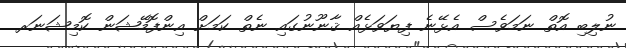
ނުލިބި އޮތް ނަމަވެސް އެޅޭނެ ފިޔަވަޅެއް ޤާނޫނުގައި ނެތް ކަމަށް އިންފޮމޭޝަން ކޮމިޝަނަރ